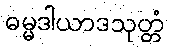
ဓမ္မဒါယာဒသုတ္တံ